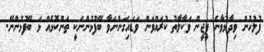
ފުލުހުން ވިދާޅުވާނެ ޕީޖީން ވަކާލާތު ކުރައްވަން ވަޑައިގަންނަވާ ބޭފުޅުންނަކީ ތަންކޮޅެއް ޅަ ބޭފުޅުންނޭ.